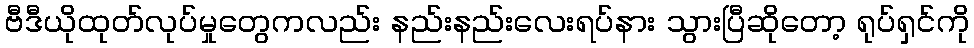
ဗီဒီယိုထုတ်လုပ်မှုတွေကလည်း နည်းနည်းလေးရပ်နား သွားပြီဆိုတော့ ရုပ်ရှင်ကို